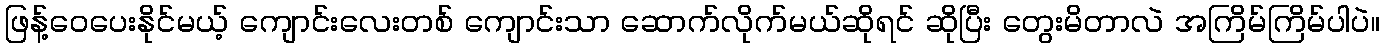
ဖြန့်ဝေပေးနိုင်မယ့် ကျောင်းလေးတစ် ကျောင်းသာ ဆောက်လိုက်မယ်ဆိုရင် ဆိုပြီး တွေးမိတာလဲ အကြိမ်ကြိမ်ပါပဲ။